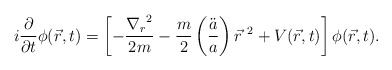
\begin{align*}i \frac{\partial}{\partial t} \phi (\vec r, t) = \left[ - \frac{ {\nabla_r}^2 }{2m} - \frac{m}{2} \left( \frac{\ddot a}{a} \right) {\vec r}^{\ 2} + V( \vec r, t) \right] \phi (\vec r, t).\end{align*}